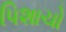
પિશાચો